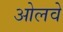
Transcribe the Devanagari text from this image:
ओलवे